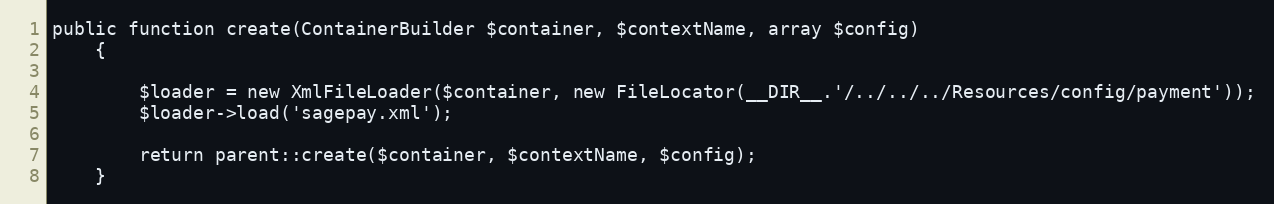
Language: PHP
public function create(ContainerBuilder $container, $contextName, array $config)
    {

        $loader = new XmlFileLoader($container, new FileLocator(__DIR__.'/../../../Resources/config/payment'));
        $loader->load('sagepay.xml');

        return parent::create($container, $contextName, $config);
    }